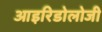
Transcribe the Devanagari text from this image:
आइरिडोलोजी